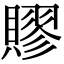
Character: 賿